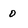
Character: O